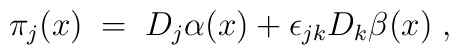
\pi_j (x) \;=\; D_j \alpha (x) + \epsilon_{j k} D_k \beta (x) \;,